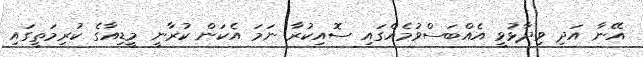
އޭނާ އަދި ވިދާޅުވީ އެއްބަސްވުމެއްގައި ސޮއިކުރާ ނަމަ އެކަން ކުރާނީ މީޑިއާގެ ކުރިމަތީގައި